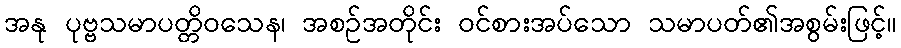
အနု ပုဗ္ဗသမာပတ္တိဝသေန၊ အစဉ်အတိုင်း ဝင်စားအပ်သော သမာပတ်၏အစွမ်းဖြင့်။